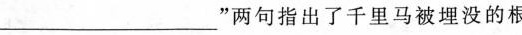
_”两句指出了千里马被埋没的根